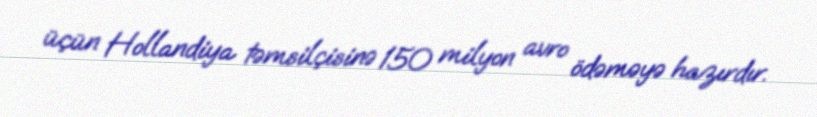
üçün Hollandiya təmsilçisinə 150 milyon avro ödəməyə hazırdır.